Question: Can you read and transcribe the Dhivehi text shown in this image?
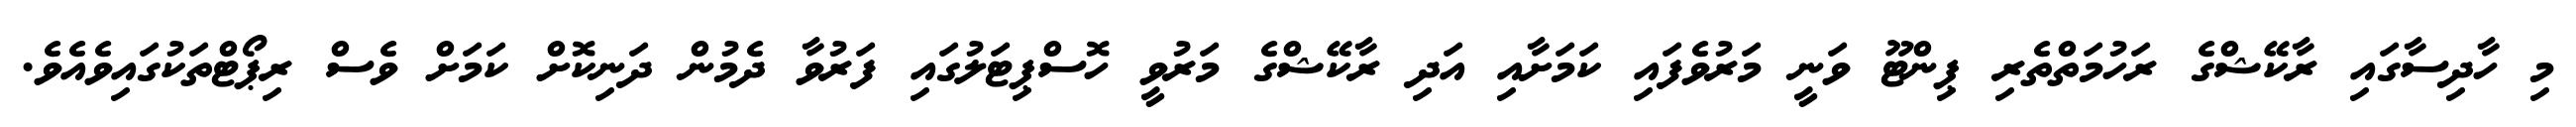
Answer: މި ހާދިސާގައި ރާކޭޝްގެ ރަހުމަތްތެރި ޕިންޓޫ ވަނީ މަރުވެފައި ކަމަށާއި އަދި ރާކޭޝްގެ މަރުވީ ހޮސްޕިޓަލުގައި ފަރުވާ ދެމުން ދަނިކޮށް ކަމަށް ވެސް ރިޕޯޓްތަކުގައިވެއެވެ.